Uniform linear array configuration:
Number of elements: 64
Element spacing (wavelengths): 1
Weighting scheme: hamming
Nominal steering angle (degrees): -30
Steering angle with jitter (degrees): -29.596
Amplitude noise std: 0.05
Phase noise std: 0.05

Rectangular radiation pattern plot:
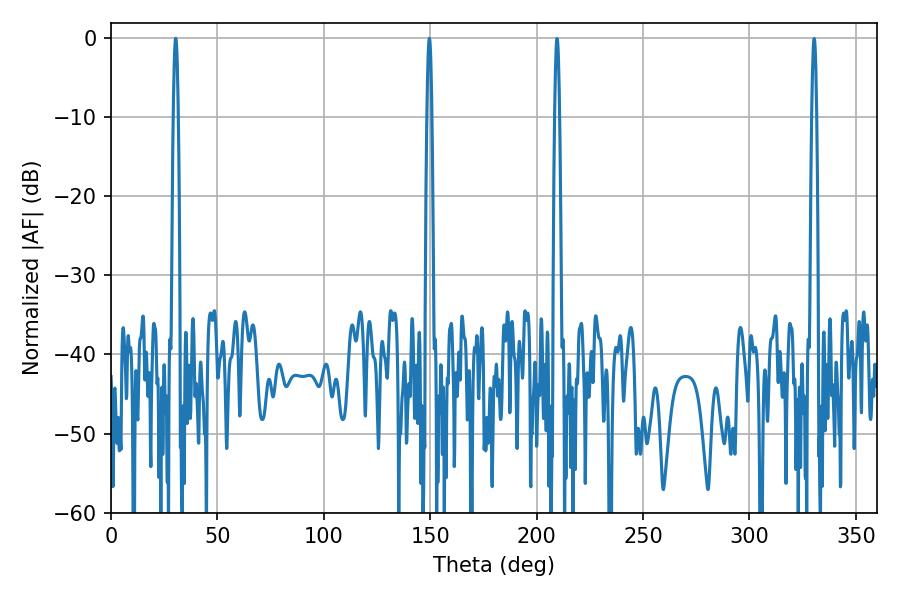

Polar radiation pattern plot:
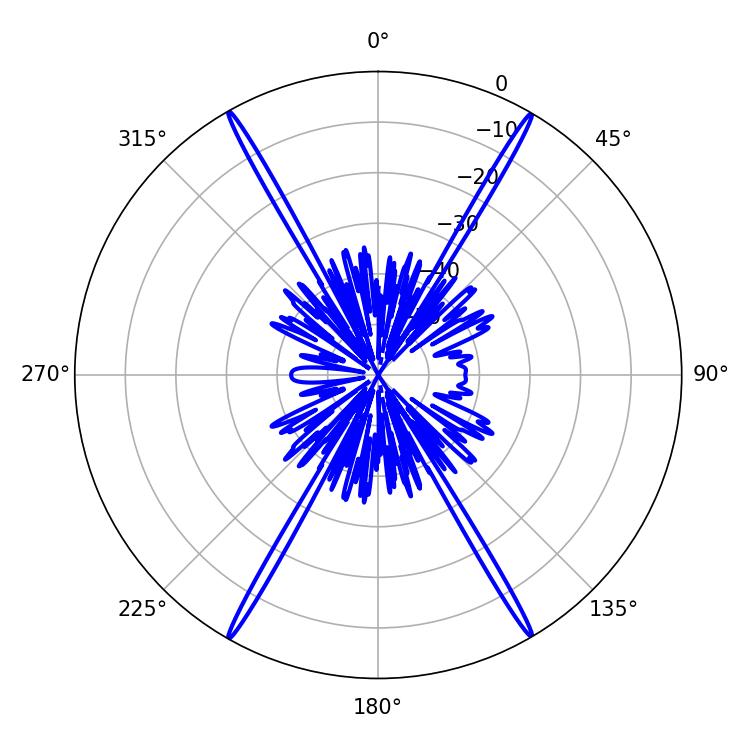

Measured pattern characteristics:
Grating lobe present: TRUE
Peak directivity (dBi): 33.611
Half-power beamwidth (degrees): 1.08
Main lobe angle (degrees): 30.42